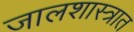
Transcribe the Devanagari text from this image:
जालशास्त्रात